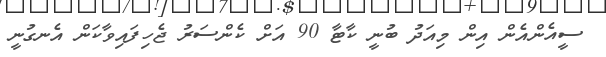
ސީއެންއެން އިން މިއަދު ބުނީ ކާޓާ 90 އަށް ކެންސަރު ޖެހިފައިވާކަން އެނގުނީ